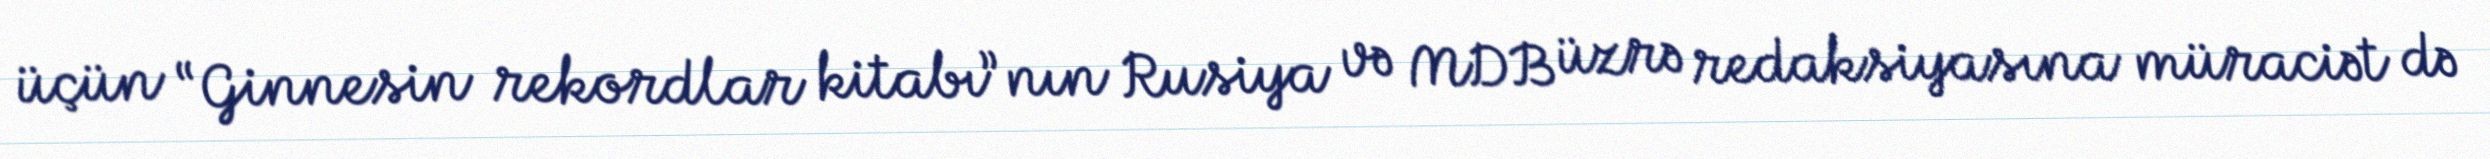
üçün “Ginnesin rekordlar kitabı”nın Rusiya və MDB üzrə redaksiyasına müraciət də